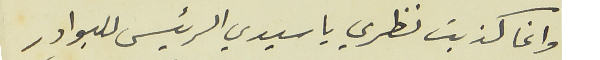
وانما كذبت نظري يا سيدي الرئيس للبوادر